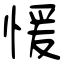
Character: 愋